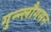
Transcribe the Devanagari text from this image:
गुन्न्लौगसन